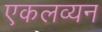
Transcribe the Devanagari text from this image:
एकलव्यन